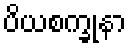
ပိယစက္ခုနာ